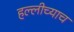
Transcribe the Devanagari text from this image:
हल्लीच्याच